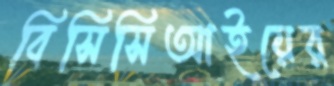
বিসিসিআইয়ের